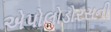
એપોલોડોરસની